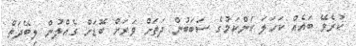
ކުރެވޭ ބައެއް ކަހަަލަ ކަންކަމުގެ ސަބަބުން ދަތަށް ވަރަށް ބޮޑަށް ގެއްލުން ލިބޭދަތް